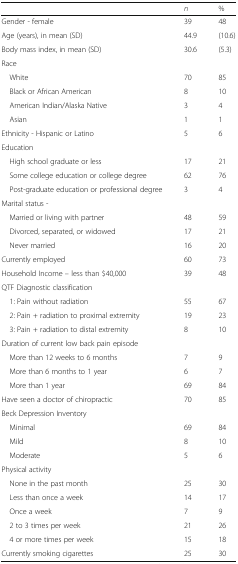
<table><thead><tr><td></td><td><b><i>n</i></b></td><td><b>%</b></td></tr></thead><tbody><tr><td>Gender - female</td><td>39</td><td>48</td></tr><tr><td>Age (years), in mean (SD)</td><td>44.9</td><td>(10.6)</td></tr><tr><td>Body mass index, in mean (SD)</td><td>30.6</td><td>(5.3)</td></tr><tr><td colspan="3">Race</td></tr><tr><td> White</td><td>70</td><td>85</td></tr><tr><td> Black or African American</td><td>8</td><td>10</td></tr><tr><td> American Indian/Alaska Native</td><td>3</td><td>4</td></tr><tr><td> Asian</td><td>1</td><td>1</td></tr><tr><td>Ethnicity - Hispanic or Latino</td><td>5</td><td>6</td></tr><tr><td colspan="3">Education</td></tr><tr><td> High school graduate or less</td><td>17</td><td>21</td></tr><tr><td> Some college education or college degree</td><td>62</td><td>76</td></tr><tr><td> Post-graduate education or professional degree</td><td>3</td><td>4</td></tr><tr><td colspan="3">Marital status -</td></tr><tr><td> Married or living with partner</td><td>48</td><td>59</td></tr><tr><td> Divorced, separated, or widowed</td><td>17</td><td>21</td></tr><tr><td> Never married</td><td>16</td><td>20</td></tr><tr><td>Currently employed</td><td>60</td><td>73</td></tr><tr><td>Household Income – less than $40,000</td><td>39</td><td>48</td></tr><tr><td colspan="3">QTF Diagnostic classification</td></tr><tr><td> 1: Pain without radiation</td><td>55</td><td>67</td></tr><tr><td> 2: Pain + radiation to proximal extremity</td><td>19</td><td>23</td></tr><tr><td> 3: Pain + radiation to distal extremity</td><td>8</td><td>10</td></tr><tr><td colspan="3">Duration of current low back pain episode</td></tr><tr><td> More than 12 weeks to 6 months</td><td>7</td><td>9</td></tr><tr><td> More than 6 months to 1 year</td><td>6</td><td>7</td></tr><tr><td> More than 1 year</td><td>69</td><td>84</td></tr><tr><td>Have seen a doctor of chiropractic</td><td>70</td><td>85</td></tr><tr><td colspan="3">Beck Depression Inventory</td></tr><tr><td> Minimal</td><td>69</td><td>84</td></tr><tr><td> Mild</td><td>8</td><td>10</td></tr><tr><td> Moderate</td><td>5</td><td>6</td></tr><tr><td colspan="3">Physical activity</td></tr><tr><td> None in the past month</td><td>25</td><td>30</td></tr><tr><td> Less than once a week</td><td>14</td><td>17</td></tr><tr><td> Once a week</td><td>7</td><td>9</td></tr><tr><td> 2 to 3 times per week</td><td>21</td><td>26</td></tr><tr><td> 4 or more times per week</td><td>15</td><td>18</td></tr><tr><td>Currently smoking cigarettes</td><td>25</td><td>30</td></tr></tbody></table>